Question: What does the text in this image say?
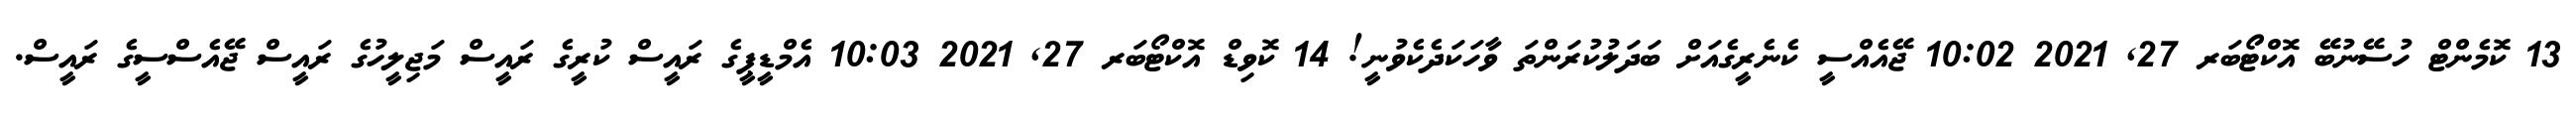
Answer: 13 ކޮމެންޓް ހުސޭނުބޭ އޮކްޓޯބަރ 27, 2021 10:02 ޖޭއެއްސީ ކެނެރީގެއަށް ބަދަލުކުރަންތަ ވާހަކަދެކެވުނީ! 14 ކޮވިޑް އޮކްޓޯބަރ 27, 2021 10:03 އެމްޑީޕީގެ ރައީސް ކުރީގެ ރައީސް މަޖިލީހުގެ ރައީސް ޖޭއެސްސީގެ ރައީސް.